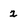
Character: 2